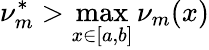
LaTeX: \nu_{m}^{*}>\operatorname*{max}_{x\in[a,b]}\nu_{m}(x)